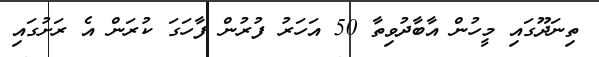
ތިނަދޫގައި މީހުން އާބާދުވިތާ 50 އަހަރު ފުރުން ފާހަގަ ކުރަން އެ ރަށުގައި